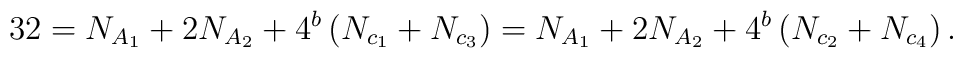
32 =N_{A_1} +2 N_{A_2}+4^b\left(N_{c_1} +N_{c_3}\right)=N_{A_1} +2 N_{A_2}+4^b\left(N_{c_2} +N_{c_4}\right).\nonumber